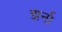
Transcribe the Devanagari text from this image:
झर्ना